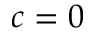
c = 0